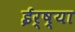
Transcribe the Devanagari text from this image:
ईर्ष्‍या